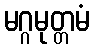
မဂ္ဂမုတ္တမံ